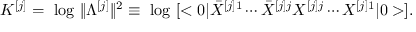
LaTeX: { \cal K } ^ { [ j ] } = \mathrm { ~ l o g ~ } \| \Lambda ^ { [ j ] } \| ^ { 2 } \equiv \mathrm { ~ l o g ~ } [ < 0 | { \bar { X } } ^ { [ j ] 1 } \cdots { \bar { X } } ^ { [ j ] j } { X } ^ { [ j ] j } \cdots { X } ^ { [ j ] 1 } | 0 > ] .